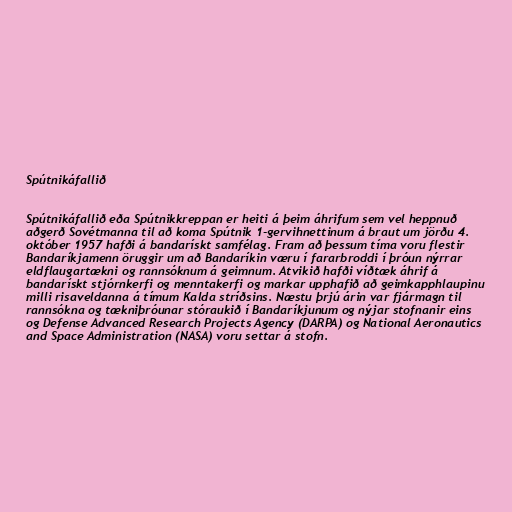
Spútnikáfallið

Spútnikáfallið eða Spútnikkreppan er heiti á þeim áhrifum sem vel heppnuð
aðgerð Sovétmanna til að koma Spútnik 1-gervihnettinum á braut um jörðu 4.
október 1957 hafði á bandarískt samfélag. Fram að þessum tíma voru flestir
Bandaríkjamenn öruggir um að Bandaríkin væru í fararbroddi í þróun nýrrar
eldflaugartækni og rannsóknum á geimnum. Atvikið hafði víðtæk áhrif á
bandarískt stjórnkerfi og menntakerfi og markar upphafið að geimkapphlaupinu
milli risaveldanna á tímum Kalda stríðsins. Næstu þrjú árin var fjármagn til
rannsókna og tækniþróunar stóraukið í Bandaríkjunum og nýjar stofnanir eins
og Defense Advanced Research Projects Agency (DARPA) og National Aeronautics
and Space Administration (NASA) voru settar á stofn.